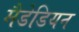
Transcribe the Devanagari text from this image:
मैडेडियन